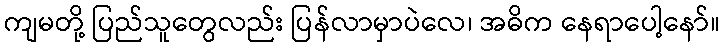
ကျမတို့ ပြည်သူတွေလည်း ပြန်လာမှာပဲလေ၊ အဓိက နေရာပေါ့နော်။